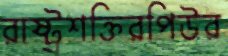
রাষ্ট্রশক্তিরপিউর